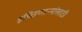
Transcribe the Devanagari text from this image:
इच्छिणाऱ्यांसाठी